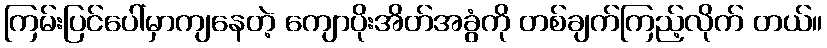
ကြမ်းပြင်ပေါ်မှာကျနေတဲ့ ကျောပိုးအိတ်အခွံကို တစ်ချက်ကြည့်လိုက် တယ်။